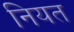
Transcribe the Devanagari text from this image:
नियत